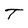
Character: T